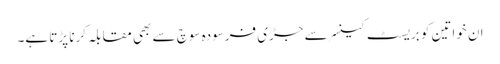
ان خواتین کو بریسٹ کینسر سے جڑی فرسودہ سوچ سے بھی مقابلہ کرنا پڑتا ہے۔